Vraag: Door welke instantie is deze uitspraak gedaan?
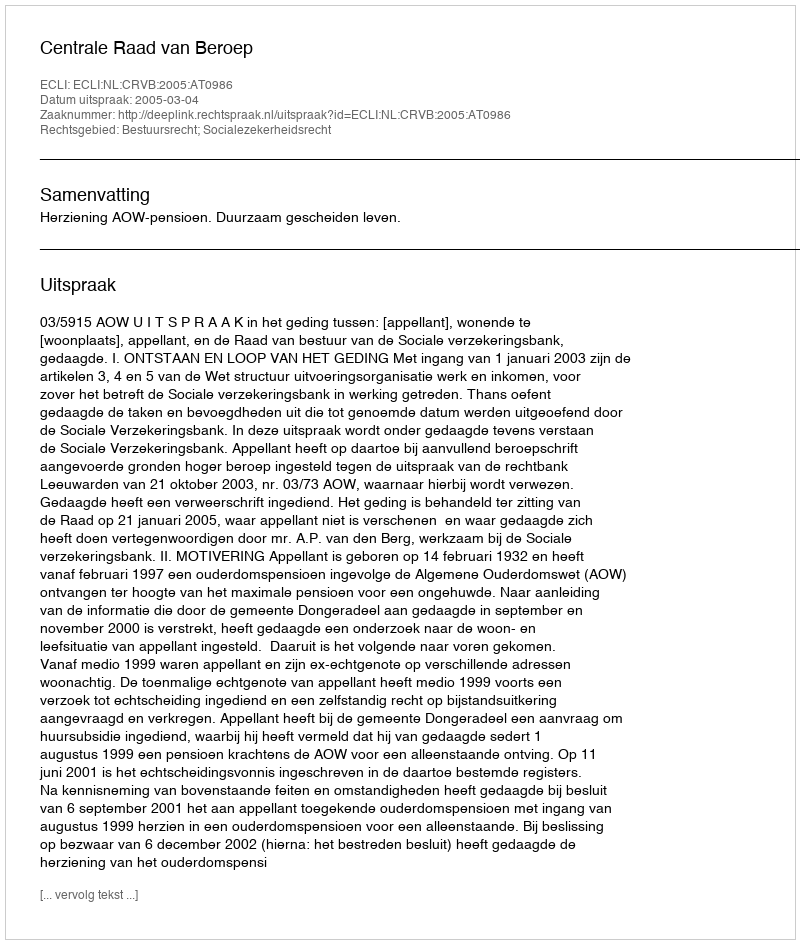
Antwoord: Centrale Raad van Beroep